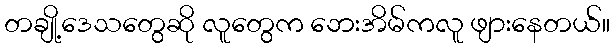
တချို့ဒေသတွေဆို လူတွေက ဘေးအိမ်ကလူ ဖျားနေတယ်။